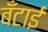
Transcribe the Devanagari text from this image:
बँटाई